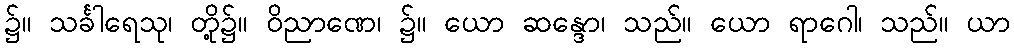
၌။ သင်္ခါရေသု၊ တို့၌။ ဝိညာဏေ၊ ၌။ ယော ဆန္ဒော၊ သည်။ ယော ရာဂေါ၊ သည်။ ယာ